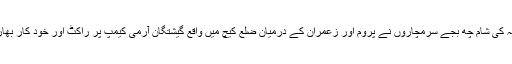
گہرام بلوچ نے مزید کہا کہ ہفتہ کی شام چھ بجے سرمچاروں نے پروم اور زعمران کے درمیان ضلع کیچ میں واقع گیشتگان آرمی کیمپ پر راکٹ اور خود کار بھاری ہتھیاروں سے حملہ کیاہے۔